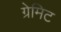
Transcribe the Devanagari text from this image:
ग्रेमिट